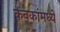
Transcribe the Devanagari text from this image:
कवकांमध्ये